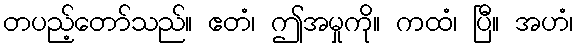
တပည့်တော်သည်။ ဧတံ၊ ဤအမှုကို။ ကထံ၊ ပြီ။ အဟံ၊